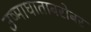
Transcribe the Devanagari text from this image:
उष्माघाताबरोबर